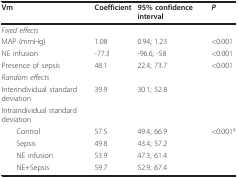
| Vm | Coefficient | 95% confidence interval | P |
 | --- | --- | --- | --- |
 | Fixed effects |  |  |  |
 | MAP (mmHg) | 1.08 | 0.94; 1.23 | <0.001 |
 | NE infusion | -77.3 | -96.6; -58 | <0.001 |
 | Presence of sepsis | 48.1 | 22.4; 73.7 | <0.001 |
 | Random effects |  |  |  |
 | Interindividual standard deviation | 39.9 | 30.1; 52.8 |  |
 | Intraindividual standard deviation |  |  |  |
 | Control | 57.5 | 49.4; 66.9 | <0.001a |
 | Sepsis | 49.8 | 43.4; 57.2 |  |
 | NE infusion | 53.9 | 47.3; 61.4 |  |
 | NE+Sepsis | 59.7 | 52.9; 67.4 |  |